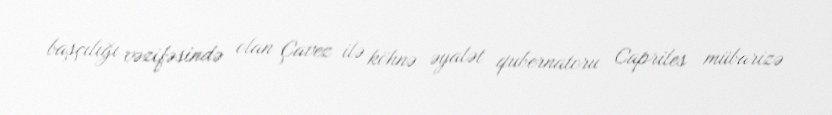
başçılığı vəzifəsində olan Çavez ilə köhnə əyalət qubernatoru Capriles mübarizə